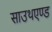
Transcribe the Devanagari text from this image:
साउथएण्ड